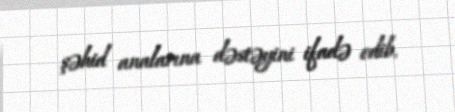
şəhid analarına dəstəyini ifadə edib.